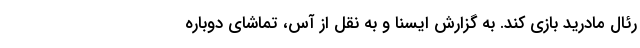
رئال مادرید بازی کند. به گزارش ایسنا و به نقل از آس، تماشای دوباره